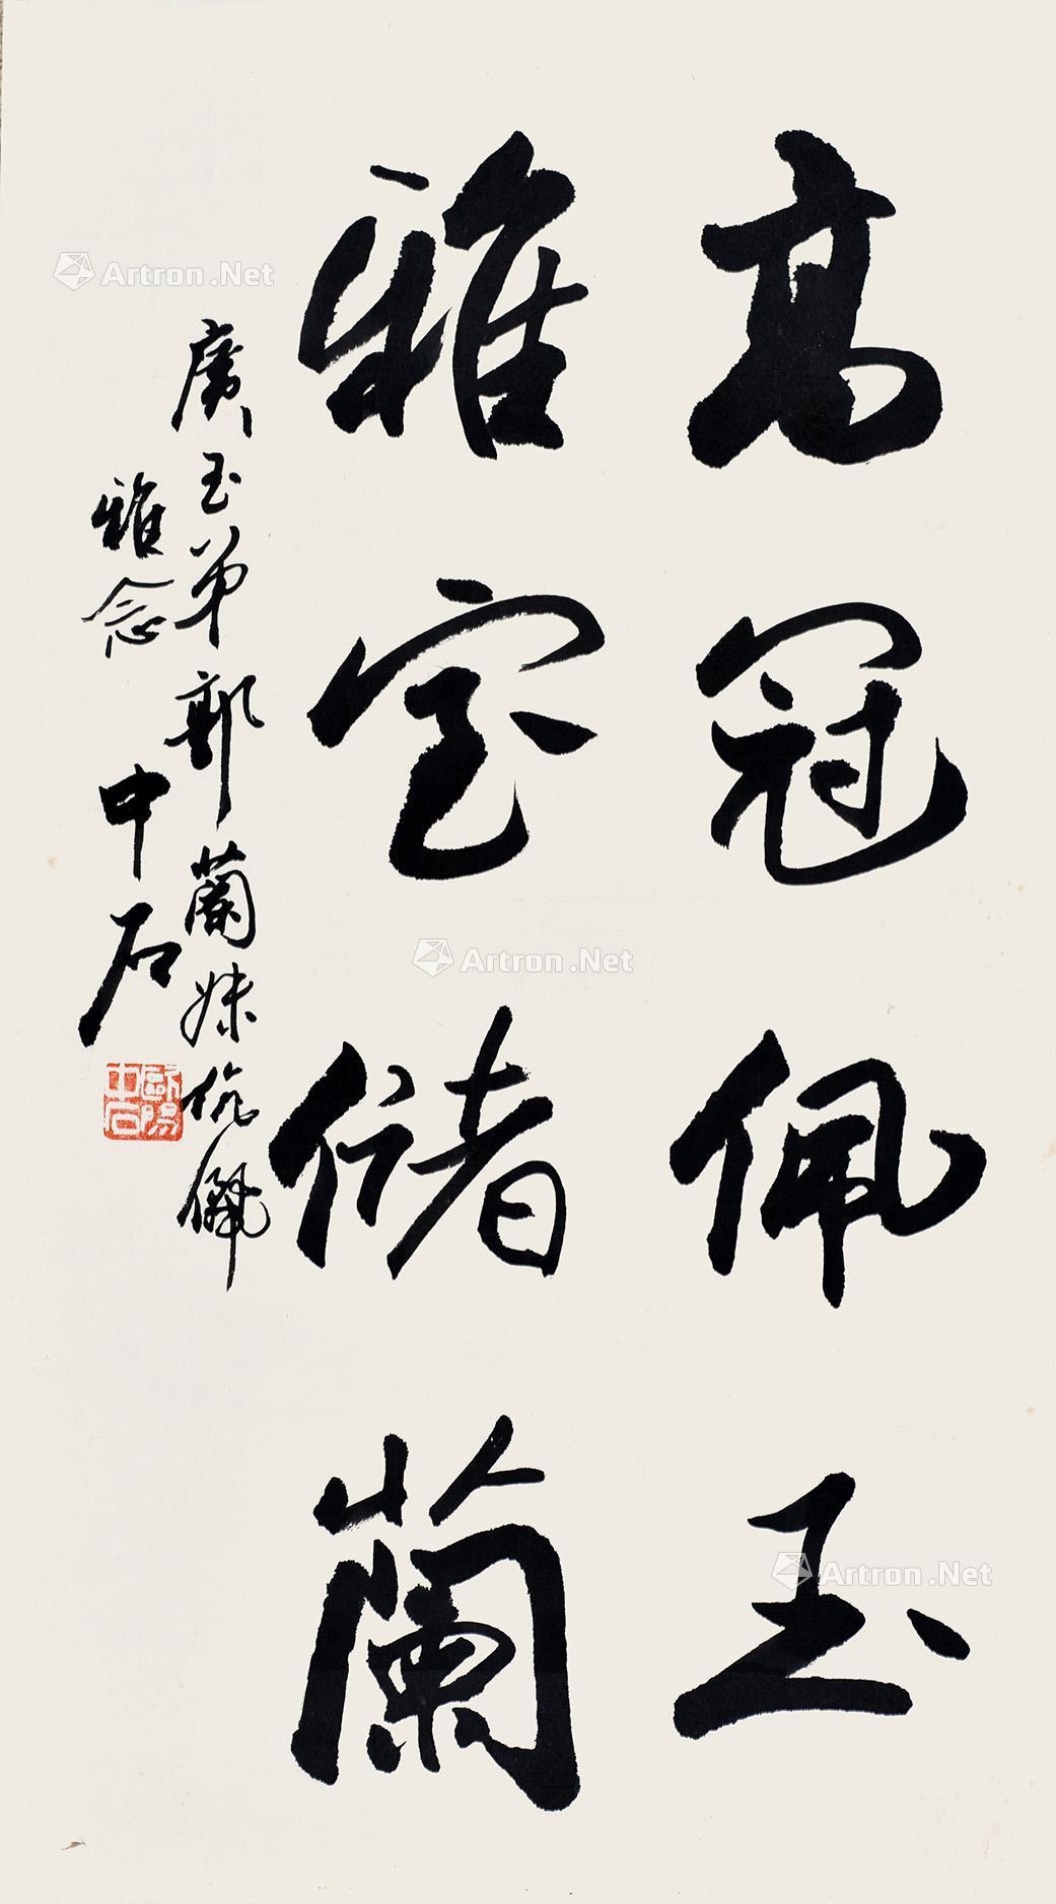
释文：高冠佩玉，雅室储兰。广玉弟郭兰妹伉俪雅念。中石。